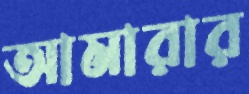
আমারার